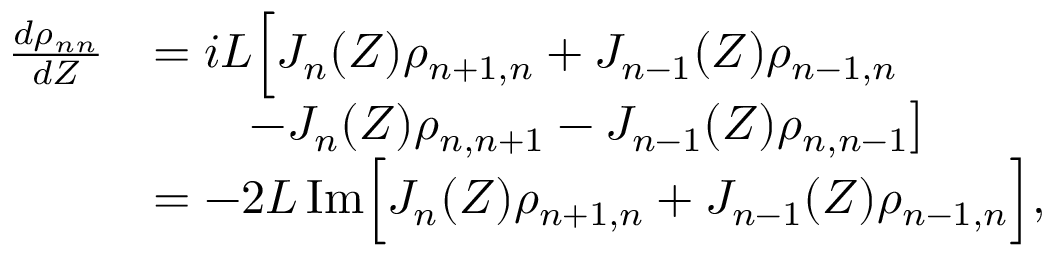
\begin{array} { r l } { \frac { d \rho _ { n n } } { d Z } } & { = i L \Big [ J _ { n } ( Z ) \rho _ { n + 1 , n } + J _ { n - 1 } ( Z ) \rho _ { n - 1 , n } } \\ & { \qquad - J _ { n } ( Z ) \rho _ { n , n + 1 } - J _ { n - 1 } ( Z ) \rho _ { n , n - 1 } \big ] } \\ & { = - 2 L \, \mathrm { I m } \Big [ J _ { n } ( Z ) \rho _ { n + 1 , n } + J _ { n - 1 } ( Z ) \rho _ { n - 1 , n } \Big ] , } \end{array}